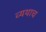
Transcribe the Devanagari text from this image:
व्यथाच